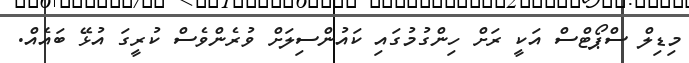
މިޑިލް ސްޕޯޓްސް އަކީ ރަށް ހިންގުމުގައި ކައުންސިލަށް ވުރެންވެސް ކުރީގަ އުޅޭ ބައެއް.